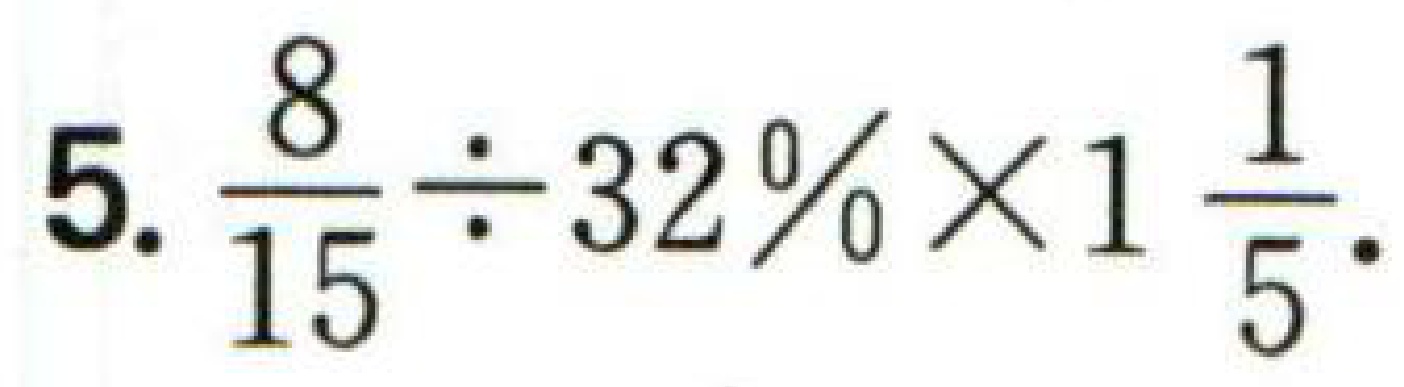
5. \(\dfrac{8}{15}\div32\%\times1\dfrac{1}{5}\)